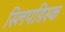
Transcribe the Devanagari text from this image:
स्लिपडिस्क